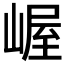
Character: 𫶉